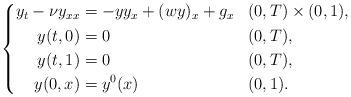
LaTeX: \begin{align*} \left\{ \begin{aligned} y_t - \nu y_{xx} & = - yy_x + (wy)_x + g_x && (0,T) \times (0,1), \\ y(t,0) &= 0 && (0,T), \\ y(t,1) &= 0 && (0,T), \\ y(0,x) &= y^0(x) && (0,1). \end{aligned} \right.\end{align*}